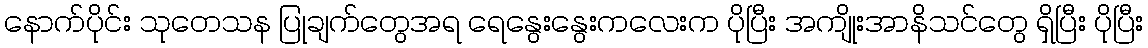
နောက်ပိုင်း သုတေသန ပြုချက်တွေအရ ရေနွေးနွေးကလေးက ပိုပြီး အကျိုးအာနိသင်တွေ ရှိပြီး ပိုပြီး